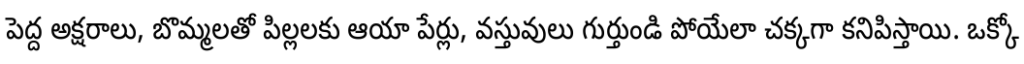
పెద్ద అక్షరాలు, బొమ్మలతో పిల్లలకు ఆయా పేర్లు, వస్తువులు గుర్తుండి పోయేలా చక్కగా కనిపిస్తాయి. ఒక్కో